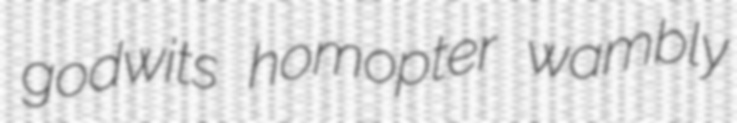
godwits homopter wambly